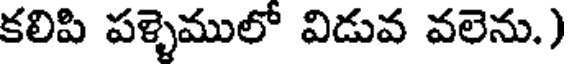
కలిపి పళ్ళెములో విడువ వలెను.)